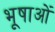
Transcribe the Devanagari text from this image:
भूषाओं